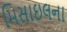
મિસાઇલના